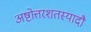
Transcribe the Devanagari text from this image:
अष्टोत्तरशतस्यादौ